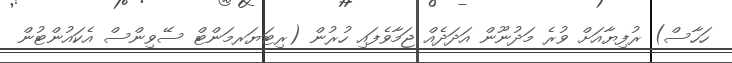
ހަހާސް) ރުފިޔާއަށް ވުރެ މަދުނޫން އަދަދެއް ޖަމާވެފައި ހުރުން (ރިޓަޔަރމަންޓް ސޭވިންސް އެކައުންޓުން